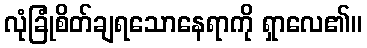
လုံခြုံစိတ်ချရသောနေရာကို ရှာလေ၏။